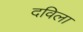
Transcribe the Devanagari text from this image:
दविला